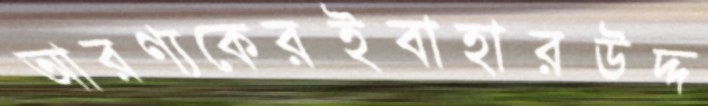
আরণ্যকেরইবাহারউদ্দ